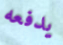
يدفعه